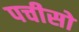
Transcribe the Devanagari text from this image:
पचीसो